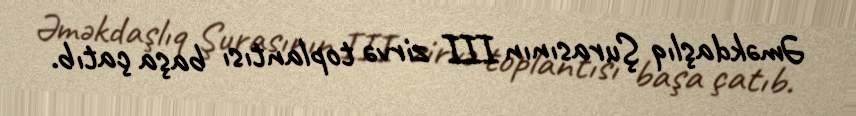
Əməkdaşlıq Şurasının III zirvə toplantısı başa çatıb.